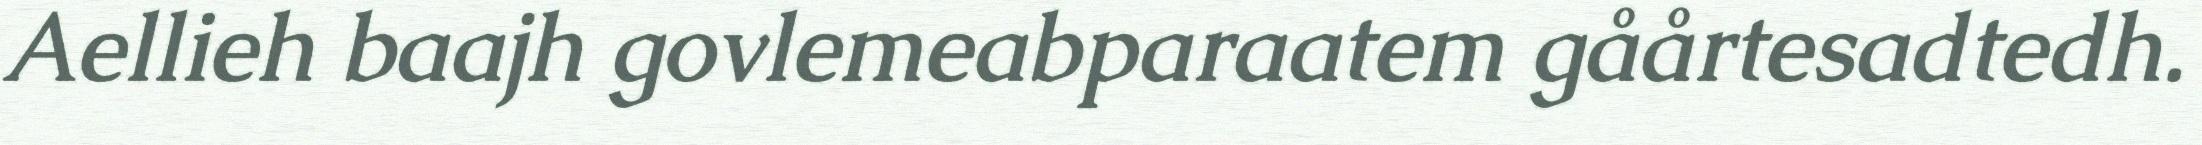
Aellieh baajh govlemeabparaatem gåårtesadtedh.